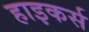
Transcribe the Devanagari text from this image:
हाइकर्स